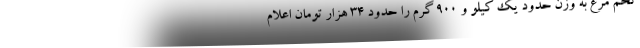
تخم مرغ به وزن حدود یک کیلو و 900 گرم را حدود 34 هزار تومان اعلام